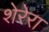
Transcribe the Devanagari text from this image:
शेरेरा